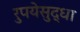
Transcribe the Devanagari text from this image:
रुपयेसुद्धा